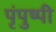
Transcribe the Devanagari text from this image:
पृंपुष्पी